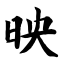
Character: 映